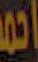
احمد